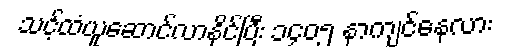
သင့်ထံယူဆောင်လာနိုင်ပြီး ၁၄၀၅ နာကျင်နေလား